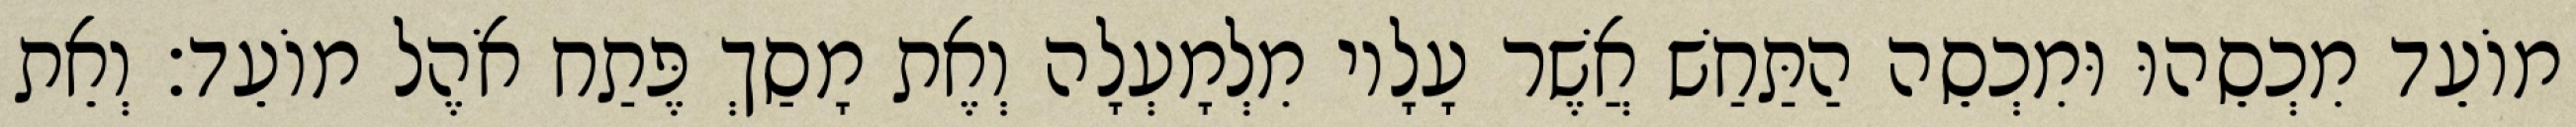
מוֹעֵד מִכְסֵהוּ וּמִכְסֵה הַתַּחַשׁ אֲשֶׁר עָלָיו מִלְמָעְלָה וְאֶת מָסַךְ פֶּתַח אֹהֶל מוֹעֵד׃ וְאֵת